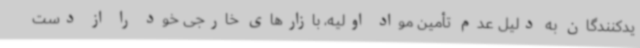
یدکنندگان به دلیل عدم تأمین مواد اولیه، بازارهای خارجی خود را از دست